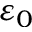
\varepsilon _ { 0 }